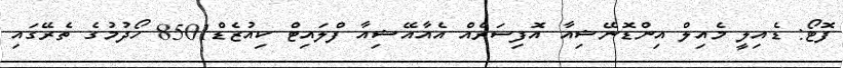
ފޮޓޯ: ޑެއިލީ މެއިލް އިންޑޮނޭޝިއާ އޮފިސަރެއް އެއާއޭޝިއާ ފްލައިޓް ކިއުޒެޑް8501 ހޯދުމުގެ ތެރޭގައި